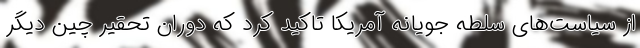
از سیاست‌های سلطه جویانه آمریکا تاکید کرد که دوران تحقیر چین دیگر